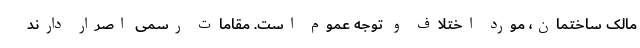
مالک ساختمان، مورد اختلاف و توجه عموم است. مقامات رسمی اصرار دارند